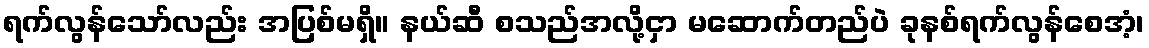
ရက်လွန်သော်လည်း အပြစ်မရှိ။ နယ်ဆီ စသည်အလို့ငှာ မဆောက်တည်ပဲ ခုနစ်ရက်လွန်စေအံ့၊